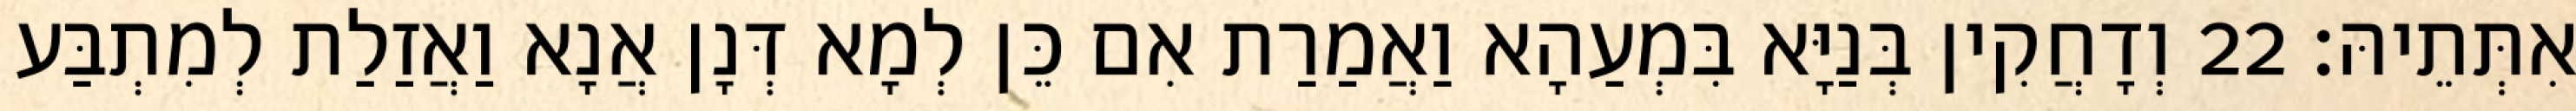
אִתְּתֵיהּ׃ 22 וְדָחֲקִין בְּנַיָּא בִּמְעַהָא וַאֲמַרַת אִם כֵּן לְמָא דְּנָן אֲנָא וַאֲזַלַת לְמִתְבַּע